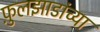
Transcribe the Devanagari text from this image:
फ़ुलझाडांच्या